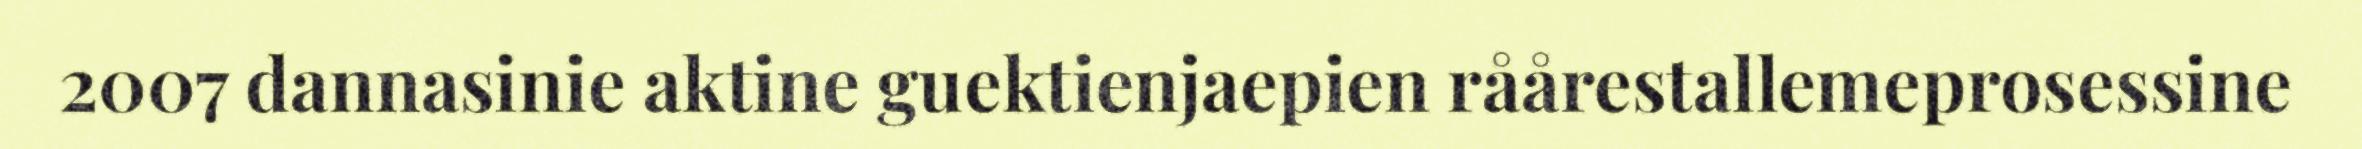
2007 dannasinie aktine guektienjaepien råårestallemeprosessine